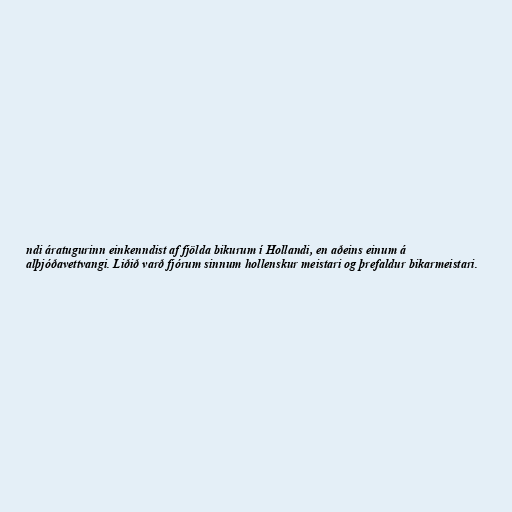
ndi áratugurinn einkenndist af fjölda bikurum í Hollandi, en aðeins einum á
alþjóðavettvangi. Liðið varð fjórum sinnum hollenskur meistari og þrefaldur bikarmeistari.